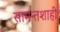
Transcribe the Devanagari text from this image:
सामन्‍तशाही